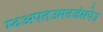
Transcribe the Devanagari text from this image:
म्दअपतउमदजंसपेउ